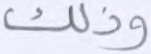
وذلك